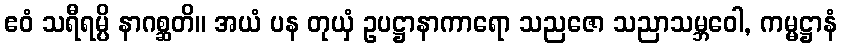
ဧဝံ သရီရမ္ပိ နာဂစ္ဆတိ။ အယံ ပန တုယှံ ဥပဋ္ဌာနာကာရော သညဇော သညာသမ္ဘဝေါ, ကမ္မဋ္ဌာနံ